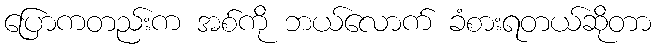
ပြောကတည်းက အစ်ကို ဘယ်လောက် ခံစားရတယ်ဆိုတာ